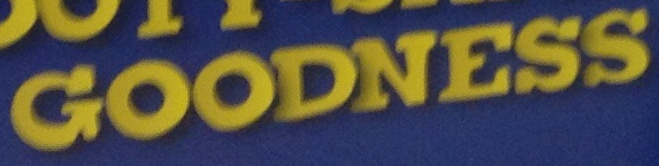
GOODNESS